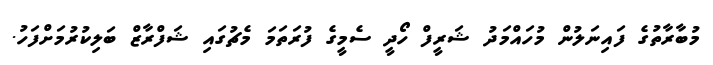
މުބާރާތުގެ ފައިނަލުން މުހައްމަދު ޝަރީފް ހޯދީ ސެމީގެ ފުރަތަމަ މެޗުގައި ޝަފްރާޒް ބަލިކުރުމަށްފަހު.